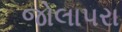
જોલાપરા